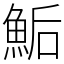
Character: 鮜